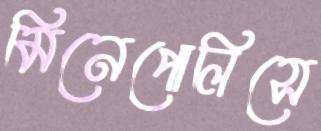
মিনেপোলিসে